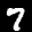
Label: 7